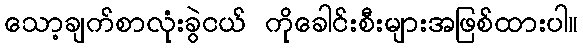
သော့ချက်စာလုံးခွဲငယ် ကိုခေါင်းစီးများအဖြစ်ထားပါ။